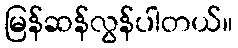
မြန်ဆန်လွန်ပါတယ်။